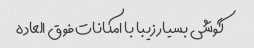
گوشی بسیار زیبا با امکانات فوق العاده